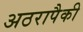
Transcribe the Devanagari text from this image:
अठरापैकी